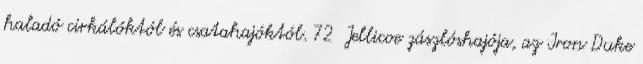
haladó cirkálóktól és csatahajóktól. 72 Jellicoe zászlóshajója, az Iron Duke